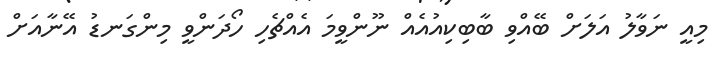
މިއީ ނަވާލު އަލަށް ބޭއްވި ބާބިކިއުއެއް ނޫންވީމަ އެއްޗެހި ހޯދަންވީ މިންގަނޑު އޭނާއަށް